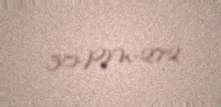
30-PM-272